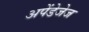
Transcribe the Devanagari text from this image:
अपेंडेजेज